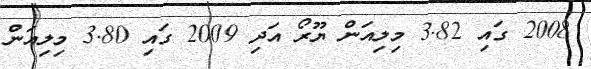
2008 ގައި 3.82 މިލިއަން ޔޫރޯ އަދި 2009 ގައި 3.80 މިލިއަން